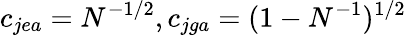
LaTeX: c_{jea}=N^{-1/2},c_{jga}=(1-N^{-1})^{1/2}